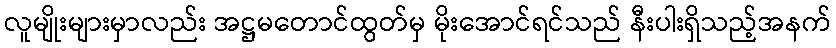
လူမျိုးများမှာလည်း အဋ္ဌမတောင်ထွတ်မှ မိုးအောင်ရင်သည် နီးပါးရှိသည့်အနက်